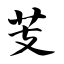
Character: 芰